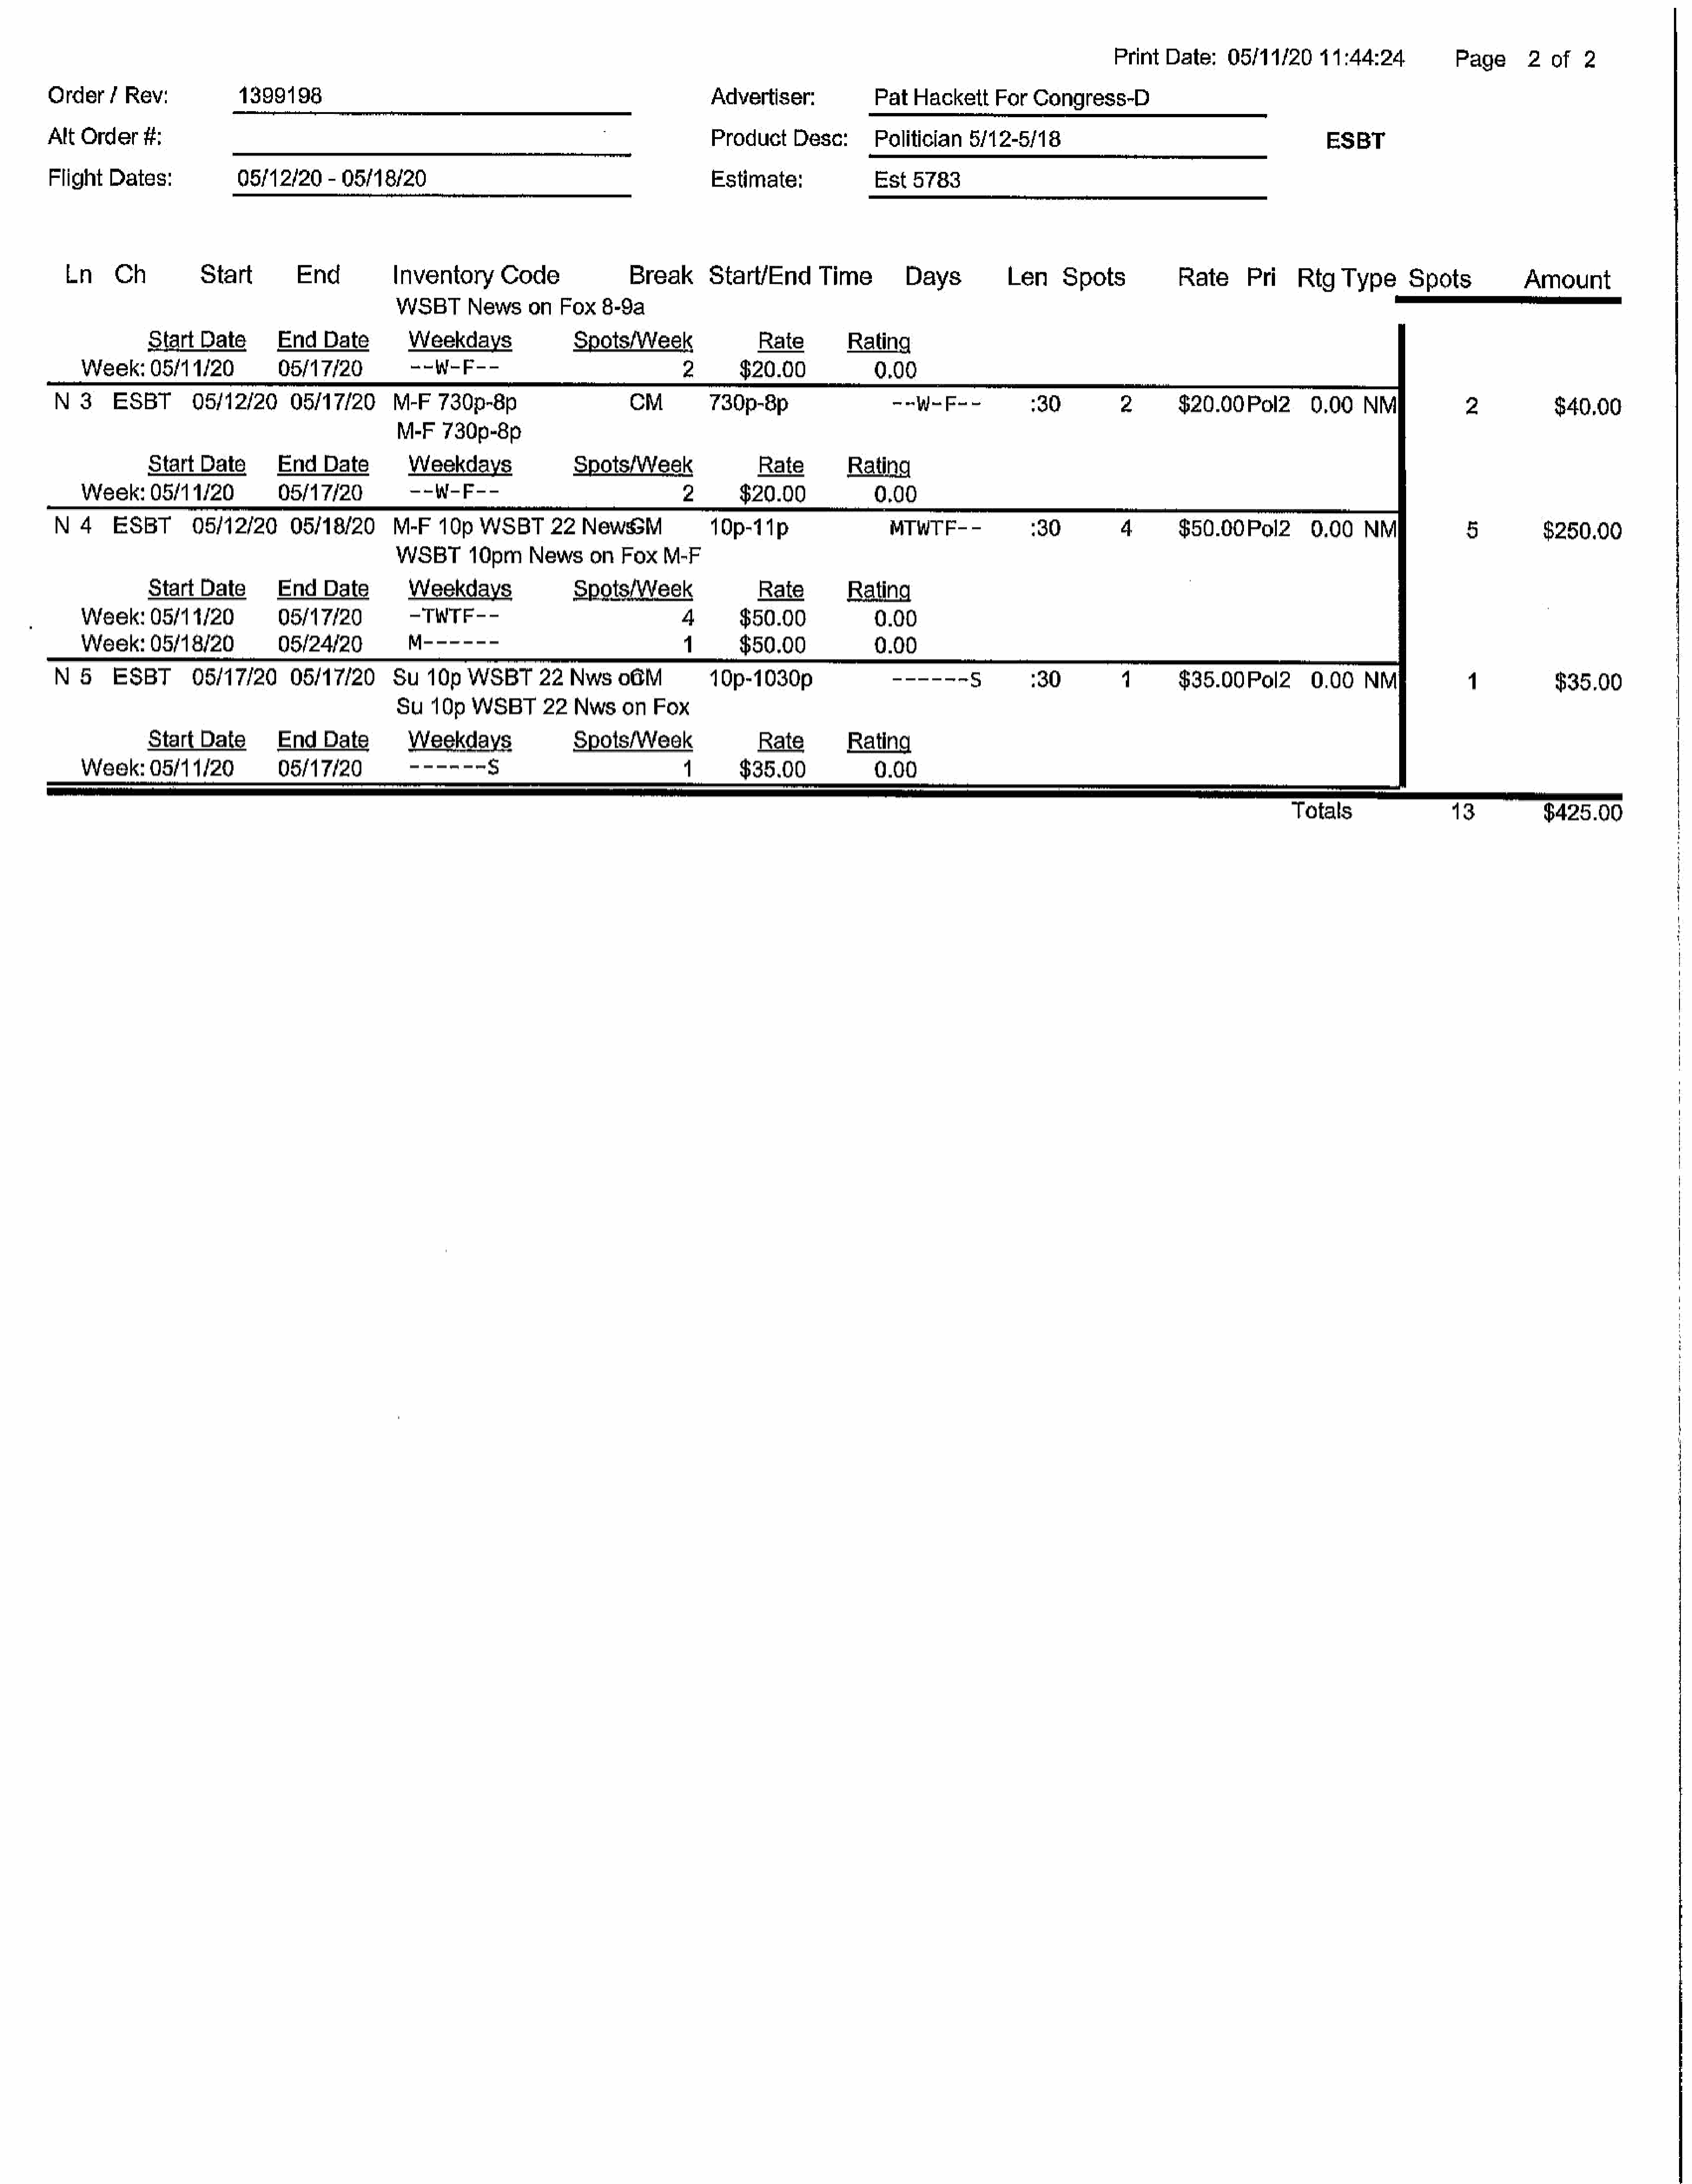
Print   Date:   05/11/20      11:44:24           Page      2   of  2
 Order    / Rev:            1399198                                                             Advertiser:            Pat   Hackett    For   Congress-D
 Alt  Order    #:                                                                               Product    Dese:       Politician    5/12-5/18                                          ESBT
 Flight   Dates:            05/12/20     - 05/18/20                                             Estimate:              Est   5783
 Ln    Ch           Start         End          Inventory       Code              Break      Starl/End       Time         Days          Len     Spots            Rate     Pri     Rtg   Type     Spots            Amount
 WSBTNews           on  Fox   8-9a                                                                                                             —
 Start   Date       End   Date        Weekdays                Spots/Week                 Rate        Rating
 Week:     05/11/20          05/17/20           --W-F--                                2       $20.00             0.00
 N3      ESBT        05/12/20      05/17/20      M-F    730p-8p                    CM         730p-8p                    -oWeP=-            730                  $20.00Pol2         0.00    NM             2           $40.00
 M-F   730p-8p
 Start   Date       EndDate           Weekdays                Spots/Week                 Rate        Rating
 Week:     05/11/20          05/17/20           SEWeEs=                                2       $20.00             0,00
 N   4   ESBT        05/12/20      05/18/20      M-F    10p   WSBT      22  NewssM             10p-11p                  MTWTF--             30                   $50.00Pol2         0.00    NM|            5         $250.00
 WSBT      10pm     News    on   Fox   M-F
 Start   Date       EndDate           Weekdays                Spots/Week                 Rate        Rating
 Week:     05/11/20          05/17/20           -TWTF--                               4        $50.00             0.00
 Week:     05/18/20          05/24/20          MesS=-=                                 1       $50.00             0.00
 N   5   ESBT        05/17/20      05/17/20      Su   10p   WSBT      22   Nws   06M          10p-1030p                  ------     S       730          4       $35.00P0l2         0.00    NM|            1           $35.00
 Su   10p  WSBT       22  Nws    on  Fox
 Start   Date       EndDate           Weekdays                Spots/Week                 Rate        Rating
 Week:    05/11/20           06/17/2  0.        ----   --  S$                          4       $35.00             0.00
 Totals                 13           $425.00